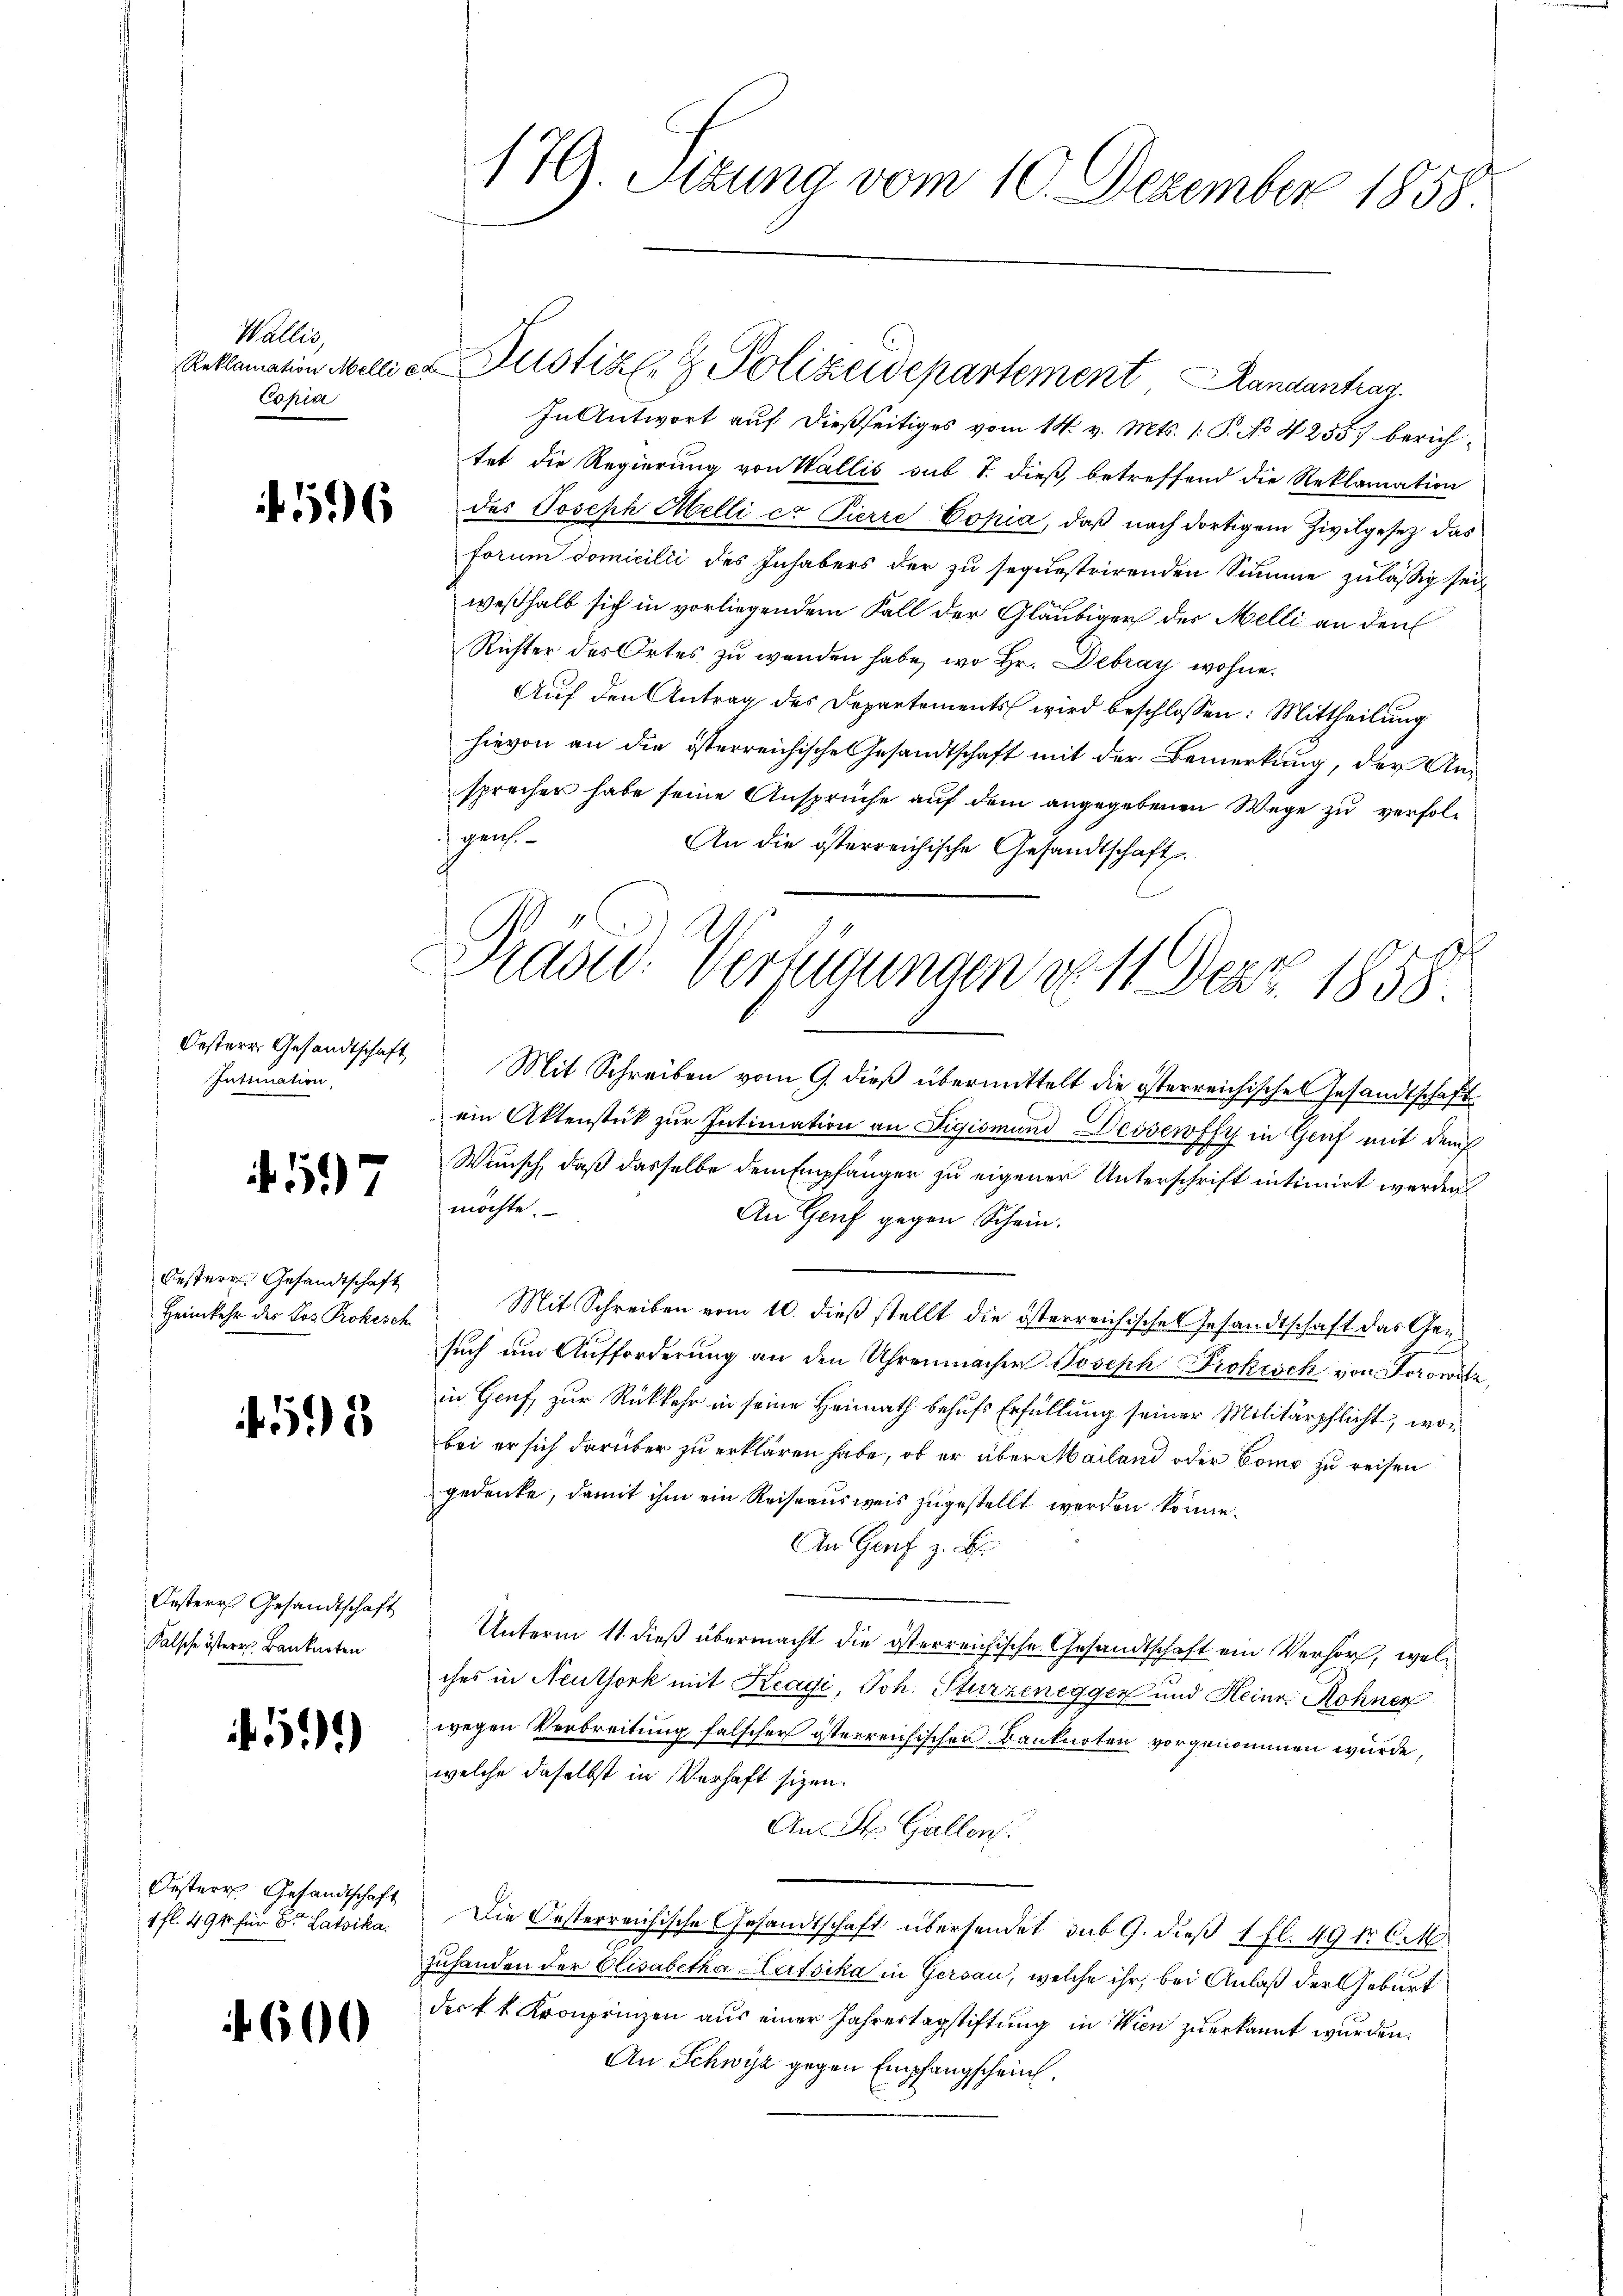
Wallis
Conia

56

Oesterr. Gesandtschaft
Intimation

4597

Oesterr. Gesandtschaft
Heimkehr des Los Prokesch

2

Oesteres Gesandtschaft
Falsche österr. Bankarten

45)

Oestern Gesandtschaft
1 fl. 494 für 6 Latsika

4600

In Antwort auf dießseitiges vom 14. v. Mts. 1. P. No 4255) berichtet die Regierung von Wallis sub T. dieß, betreffend die Reklamation
des Joseph Melli ca Pierre Copia, daß nach dortigem Zivilgesez das
forum domicilii des Inhabers der zu sequestrirenden Summe zulässig sei
weßhalb sich in vorliegendem Fall der Gläubiger der Melli an den
Richter des Ortes zu wenden habe, wo Hr. Debray wohne.
Auf den Antrag des Departements wird beschlossen: Mittheilung
hievon an die österreichische Gesandtschaft mit der Bemerkung, der Ansprecher habe seine Ansprüche auf dem angegebenen Wege zu verfolgen.
An die österreichische Gesandtschaft.
Mit Schreiben vom 9. dieß übermittelt die österreichischen Gesandtschaft
ein Aktenstück zur Intimation an Figismund Dessewffy in Graf mit dem
Wunsch, daß dasselbe dem Empfänger zu eigener Unterschrift intimirt werden
möchte.
An Genf gegen Schein.
Mit Schreiben vom 10. dieß stellt die österreichische Gesandtschaft das Gen
such am Aufforderung an den Uhrenmacher Joseph Prokesch von Sor
in Genf, zur Rückkehr in seine Heimath behufs Erfüllung seiner Militärpflicht, wobei er sich darüber zu erklären habe, ob er über Mailand oder Como zu reisen
gedenke, damit ihm ein Reiseausweis zugestellt werden könne.
An Genf z. B.
Unterm 11. dieß übermacht die österreichische Gesandtschaft ein Verhör, welches in Neuthork mit Keadi, Joh. Sturzenegger und Heine Rohner
wegen Verbreitung falscher österreichischen Banknoten vorgenommen wurde,
welche daselbst in Verhaft sizen.
An St. Gallen.
Die Oesterreichische Gesandtschaft übersendet sub 9. dieß 1 fl. 49 f. 6. M.
7
zuhanden der Elisabetha Latsika in Gersau, welche ihr, bei Anlaß der Geburt
der k. k. Kronprinzen aus einer Jahrestagstiftung in Wien zuerkannt wurden.
An Schwyz gegen Empfangscheint.

179. Sizung vom 10. Dezember 1858

Reklamation Melli er Justiz- & Polizeidepartement Landantrag

Prasid. Verfügungen v. 11 Dez. 1858.